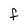
Character: F